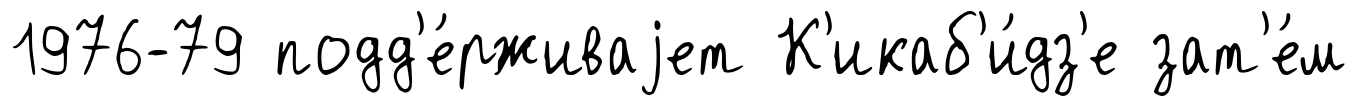
1976-79 подд'е́рживаjет К'икаб'и́дз'е зат'е́м